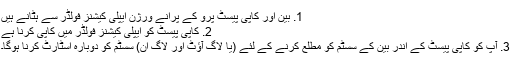
1. بین اور کاپی پیسٹ پرو کے پرانے ورژن ایپلی کیشنز فولڈر سے ہٹانے ہیں
2. کاپی پیسٹ کو ایپلی کیشنز فولڈر میں کاپی کرنا ہے
3. آپ کو کاپی پیسٹ کے اندر بین کے سسٹم کو مطلع کرنے کے لئے (یا لاگ آؤٹ اور لاگ ان) سسٹم کو دوبارہ اسٹارٹ کرنا ہوگا۔